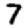
Digit: 7